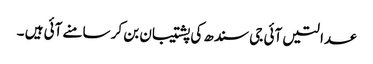
عدالتیں آئی جی سندھ کی پشتیبان بن کر سامنے آئی ہیں ۔